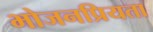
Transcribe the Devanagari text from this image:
भोजनप्रियता